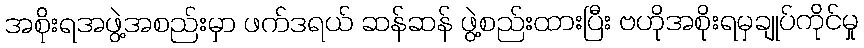
အစိုးရအဖွဲ့အစည်းမှာ ဖက်ဒရယ် ဆန်ဆန် ဖွဲ့စည်းထားပြီး ဗဟိုအစိုးရမှချုပ်ကိုင်မှု